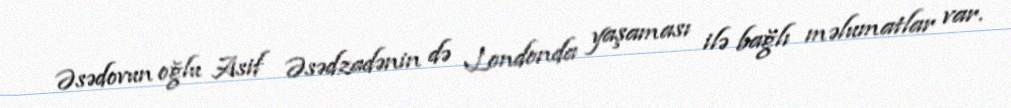
Əsədovun oğlu Asif Əsədzadənin də Londonda yaşaması ilə bağlı məlumatlar var.